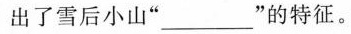
出了雪后小山”___”的特征。